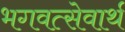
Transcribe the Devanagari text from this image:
भगवत्सेवार्थ